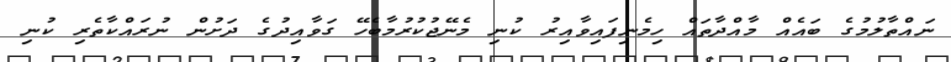
ނައްތާލުމުގެ ބައެއް މާއްދާތައް ހިމެނިފައިވާއިރު ކުނި މެނޭޖުކުރުމާބެހޭ ގަވާއިދުގެ ދަށުން ނުރައްކާތެރި ކުނި